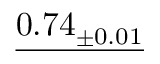
\underline { { 0 . 7 4 _ { \pm 0 . 0 1 } } }